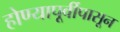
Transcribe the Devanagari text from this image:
होण्यापूर्वीपासून